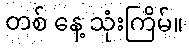
တစ် နေ့ သုံးကြိမ်။